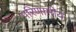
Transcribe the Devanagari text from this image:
परिणामीय